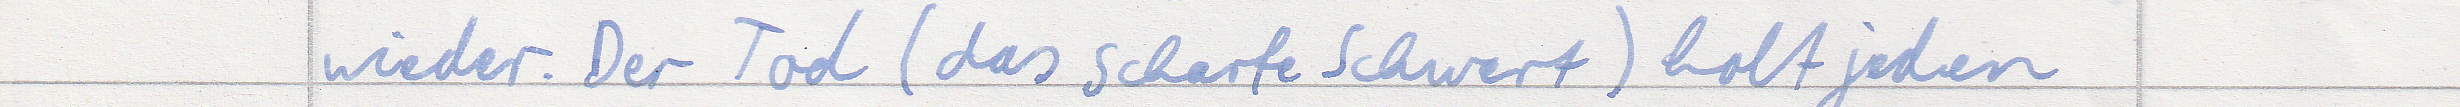
wieder. Der Tod (das scharfe Schwer) holt jeden